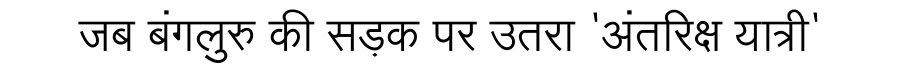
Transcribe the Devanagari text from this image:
जब बंगलुरु की सड़क पर उतरा 'अंतरिक्ष यात्री'